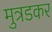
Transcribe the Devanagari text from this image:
मुत्रडकर